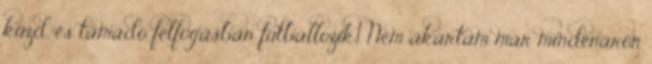
küzd, és támadó felfogásban futballozik.1 Nem akartam már mindenáron